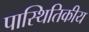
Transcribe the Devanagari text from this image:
पास्थितिकीय